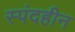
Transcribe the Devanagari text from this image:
स्पंदहीन